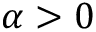
\alpha > 0